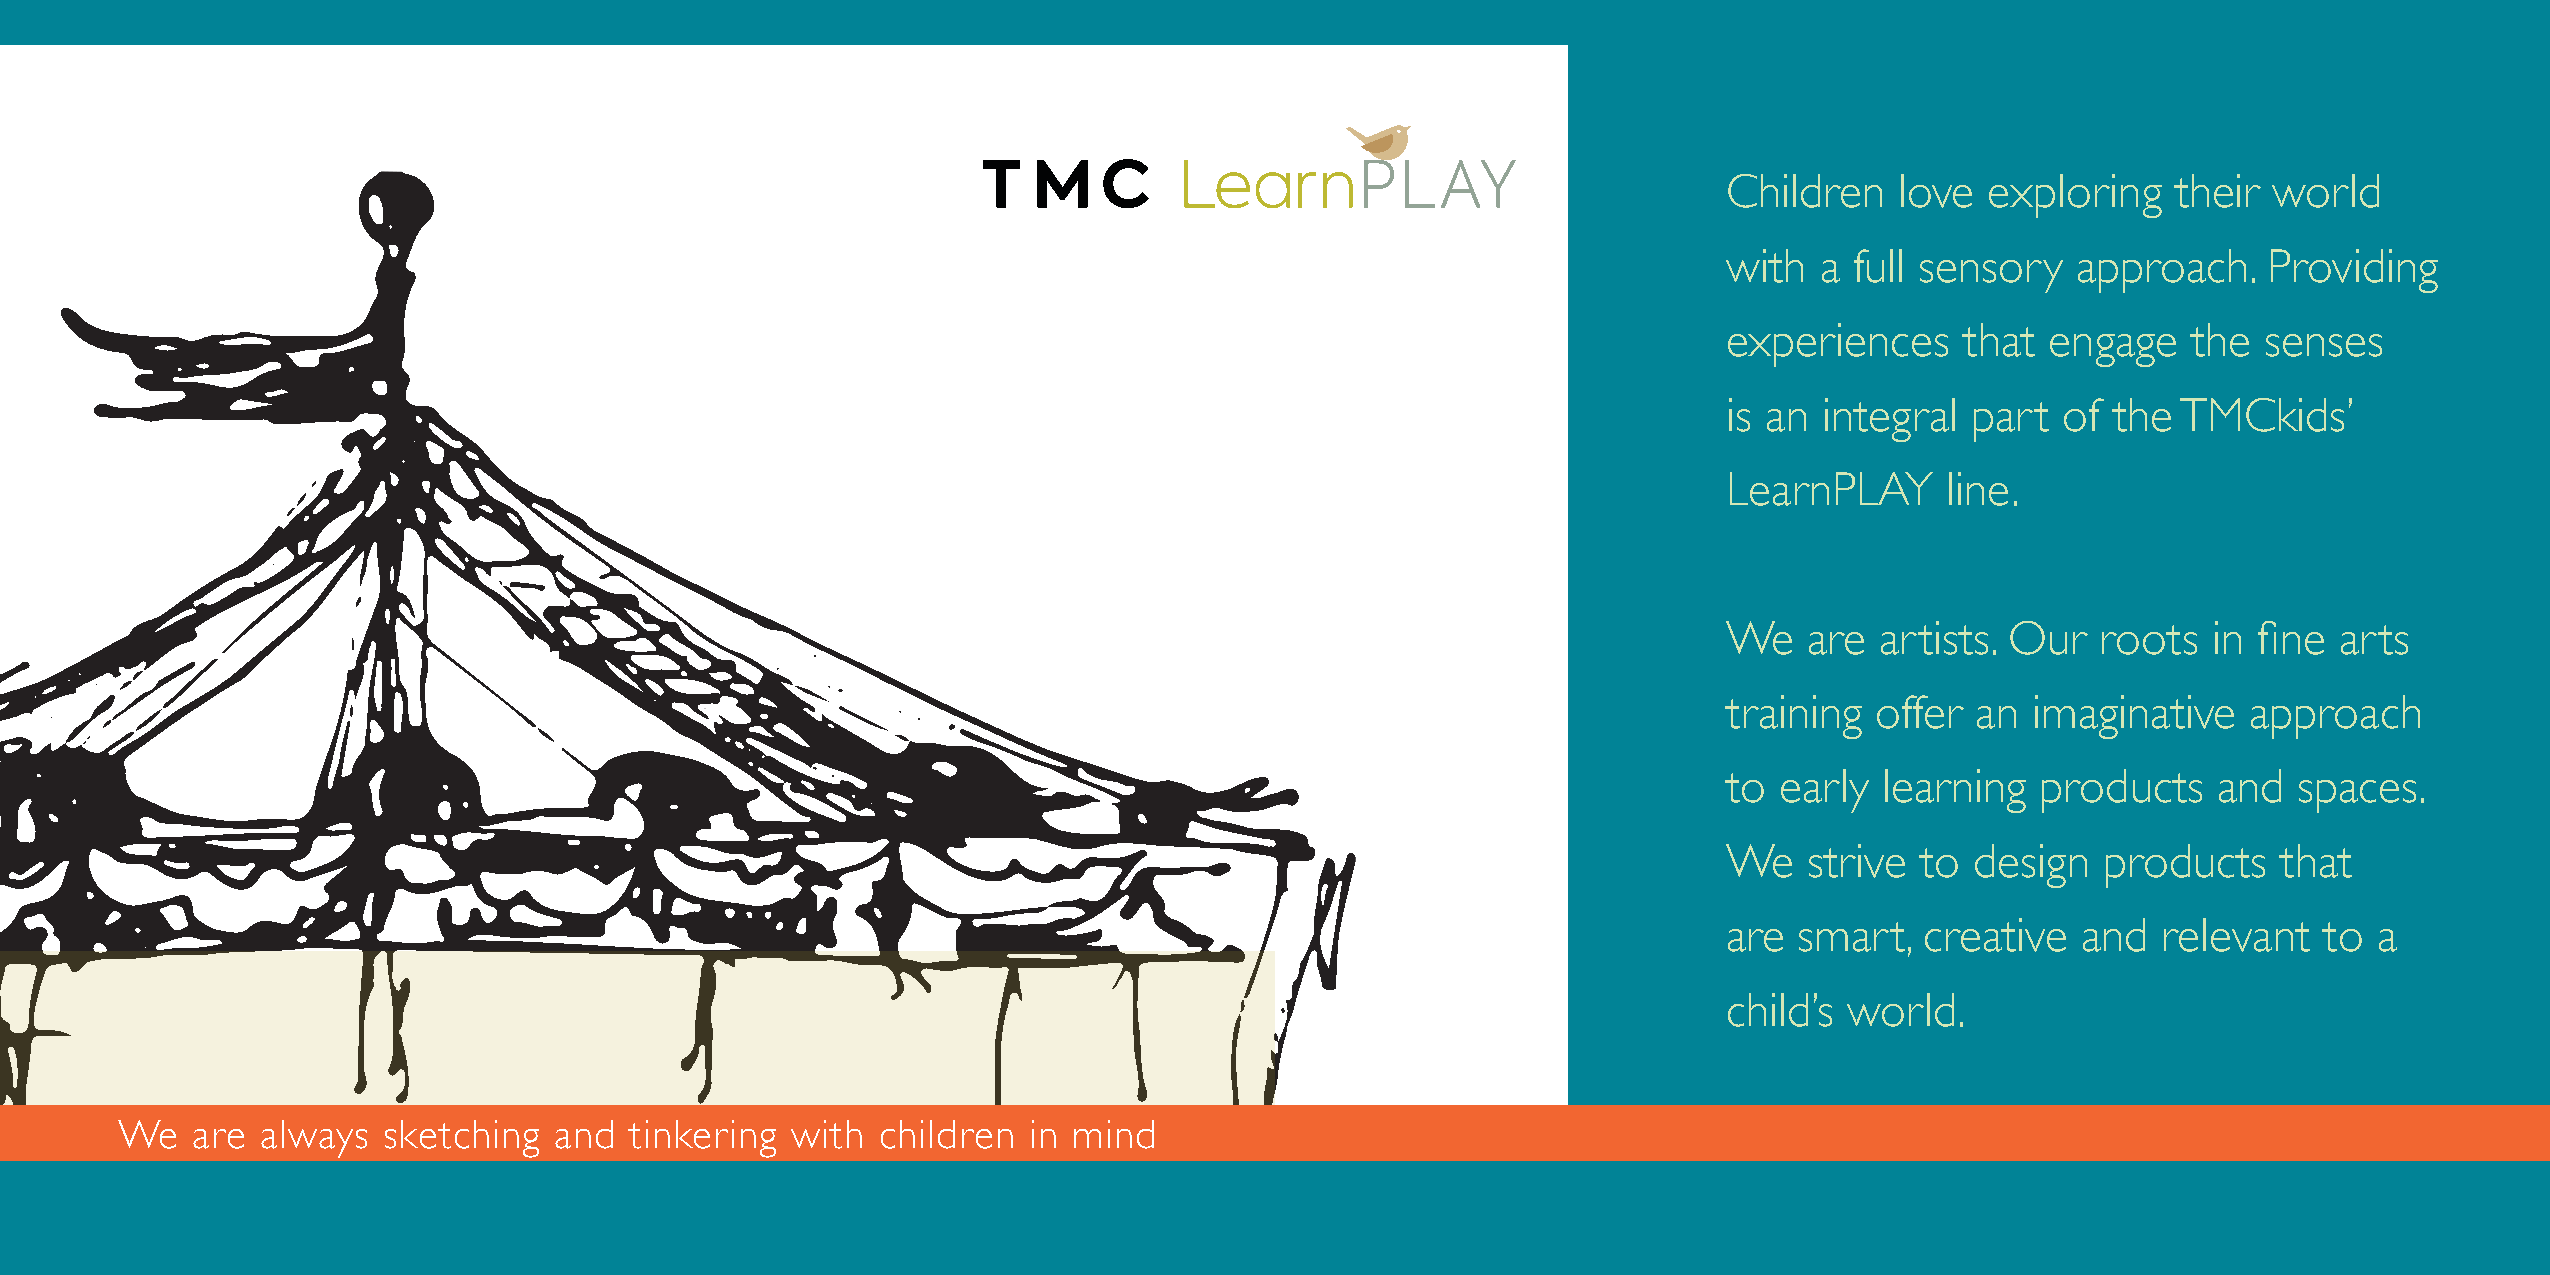
Children    love  exploring   their  world
 with  a  full sensory  approach.    Providing
 experiences     that  engage   the  senses
 is an  integral part   of the TMCkids’
 LearnPLAY      line.
 We    are artists. Our   roots  in fine  arts
 training  offer  an  imaginative   approach
 to  early  learning  products    and  spaces.
 We    strive to  design  products    that
 are  smart,  creative   and  relevant   to a
 child’s world.
 We   are always  sketching   and  tinkering with  children  in mind
 30 | LearnPLAY | tmcfurniture.com                                                                                                              LearnPLAY | tmcfurniture.com | 31